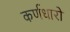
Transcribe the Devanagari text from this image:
कर्णधारो